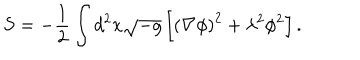
LaTeX: S = - { \frac { 1 } { 2 } } \int d ^ { 2 } x \sqrt { - g } \left[ \left( \nabla \phi \right) ^ { 2 } + \lambda ^ { 2 } \phi ^ { 2 } \right] .